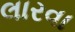
લારવા